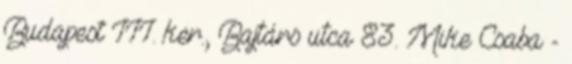
Budapest III. ker., Bajtárs utca 83. Mike Csaba -